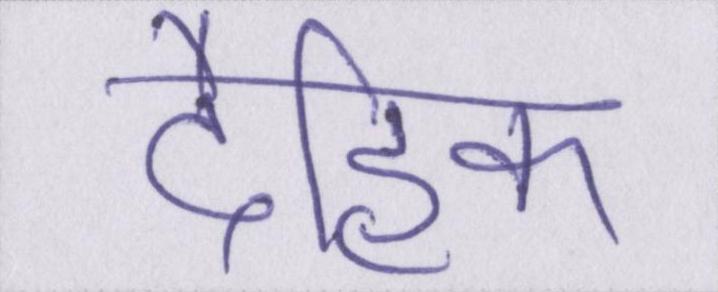
दैहिक